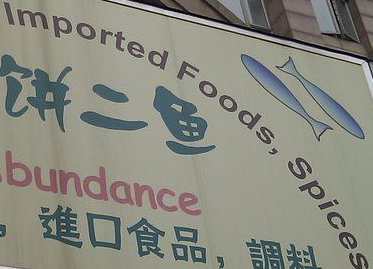
Imported Foods, Spices